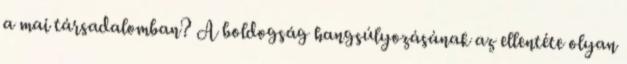
a mai társadalomban? A boldogság hangsúlyozásának az ellentéte olyan